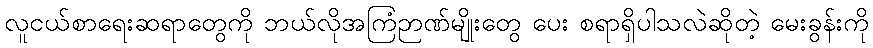
လူငယ်စာရေးဆရာတွေကို ဘယ်လိုအကြံဉာဏ်မျိုးတွေ ပေး စရာရှိပါသလဲဆိုတဲ့ မေးခွန်းကို